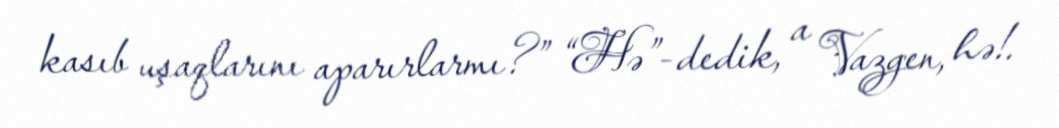
kasıb uşaqlarını aparırlarmı?” “Hə”- dedik, a Vazgen, hə!.